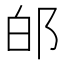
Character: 𨚮